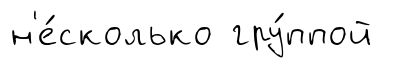
н'е́сколько гру́ппой